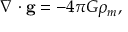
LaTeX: \nabla \cdot \mathbf { g } = - 4 \pi G \rho _ { m } ,